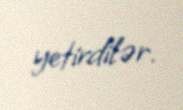
yetirdilər.